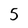
Character: 5